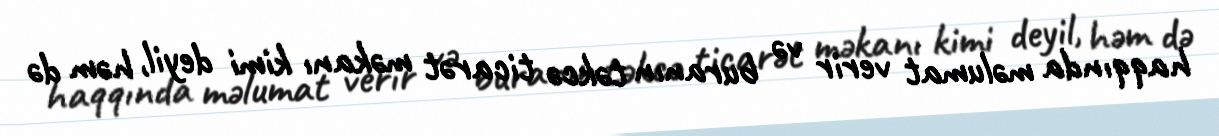
haqqında məlumat verir və buranın təkcə ticarət məkanı kimi deyil, həm də